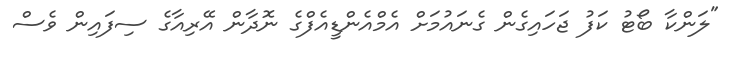
"ލަންކާ ބޯޓު ކަފު ޖަހައިގެން ގެނައުމަށް އެމްއެންޑީއެފްގެ ނޮދާން އޭރިއާގެ ސިފައިން ވެސް